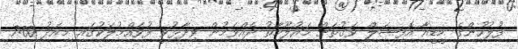
ފުލުހުންގެ މީޑީއާ އޮފިޝަލް ވަގުތަށް މައުލޫމާތު ދެއްވަމުން ވިދާޅުވީ ފުވައްމުލަކުގައި މިއަދު 7:00